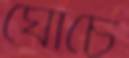
ঘোচে